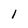
Character: 1